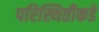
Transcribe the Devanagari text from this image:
परिस्थितीकडे